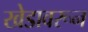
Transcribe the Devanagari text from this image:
खेडावरून